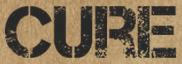
CURE